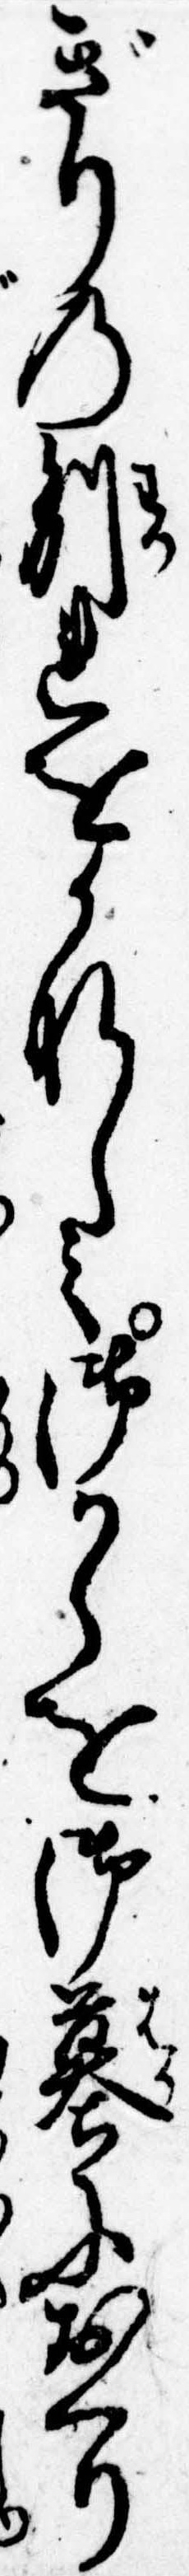
ぎりの別れをかなしみ御からを御墓におくり